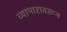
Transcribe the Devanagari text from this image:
व्यापारावरून